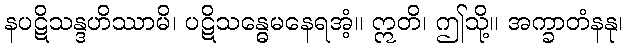
နပဋိသန္ဒဟိဿာမိ၊ ပဋိသန္ဓေမနေရအံ့။ ဣတိ၊ ဤသို့။ အက္ခာတံနနု၊